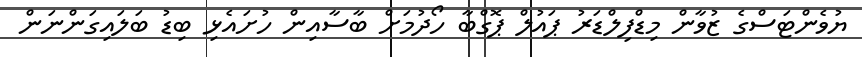
ޔުވެންޓަސްގެ ޒުވާން މިޑްފިލްޑަރު ޕައުލް ޕޮގްބާ ހޯދުމަށް ބާސާއިން ހުށައެޅި ބިޑު ބަލައިގަންނަން